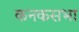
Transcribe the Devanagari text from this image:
कनकसभा